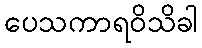
ပေသကာရဝိသိခါ